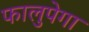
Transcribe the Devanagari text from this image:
फालुपेगा